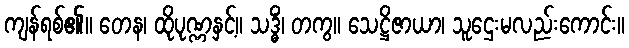
ကျန်ရစ်၏။ တေန၊ ထိုပုဏ္ဏနှင့်။ သဒ္ဓိံ၊ တကွ။ သေဋ္ဌိဇာယာ၊ သူဌေးမလည်းကောင်း။